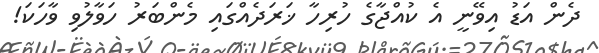
ދެން އަޑު އިވޭނީ އެ ކުއްޖާގެ ހުރިހާ ޚަރަދެއްގައި މެންބަރު ހަވާލުވި ވާހަކަ!